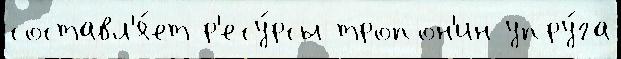
составл'я́ет р'есу́рсы тропон'ин упру́га